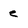
Character: e